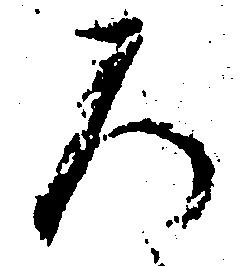
ろ